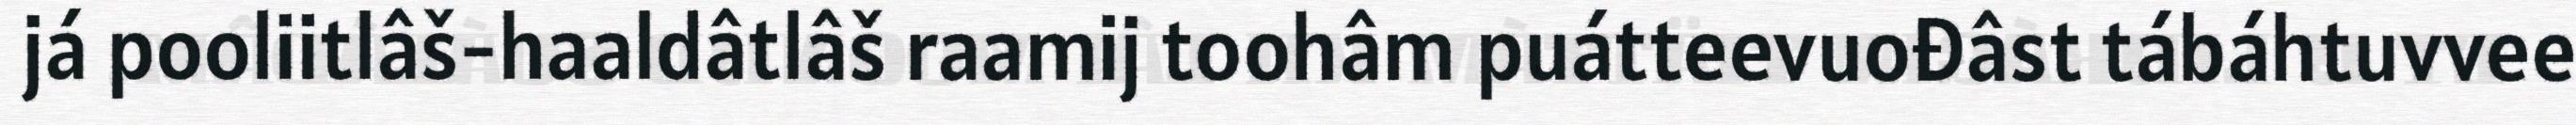
já pooliitlâš-haaldâtlâš raamij toohâm puátteevuođâst tábáhtuvvee